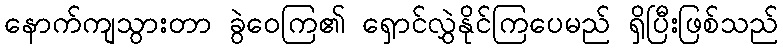
နောက်ကျသွားတာ ခွဲဝေကြ၏ ရှောင်လွှဲနိုင်ကြပေမည် ရှိပြီးဖြစ်သည်